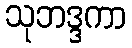
သုဘဒ္ဒကာ